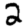
Digit: 2